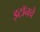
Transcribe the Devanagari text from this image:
इटॉनचे